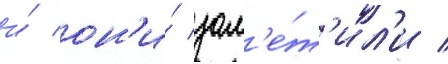
и́ он'и́ зам'е́т'ил'и /